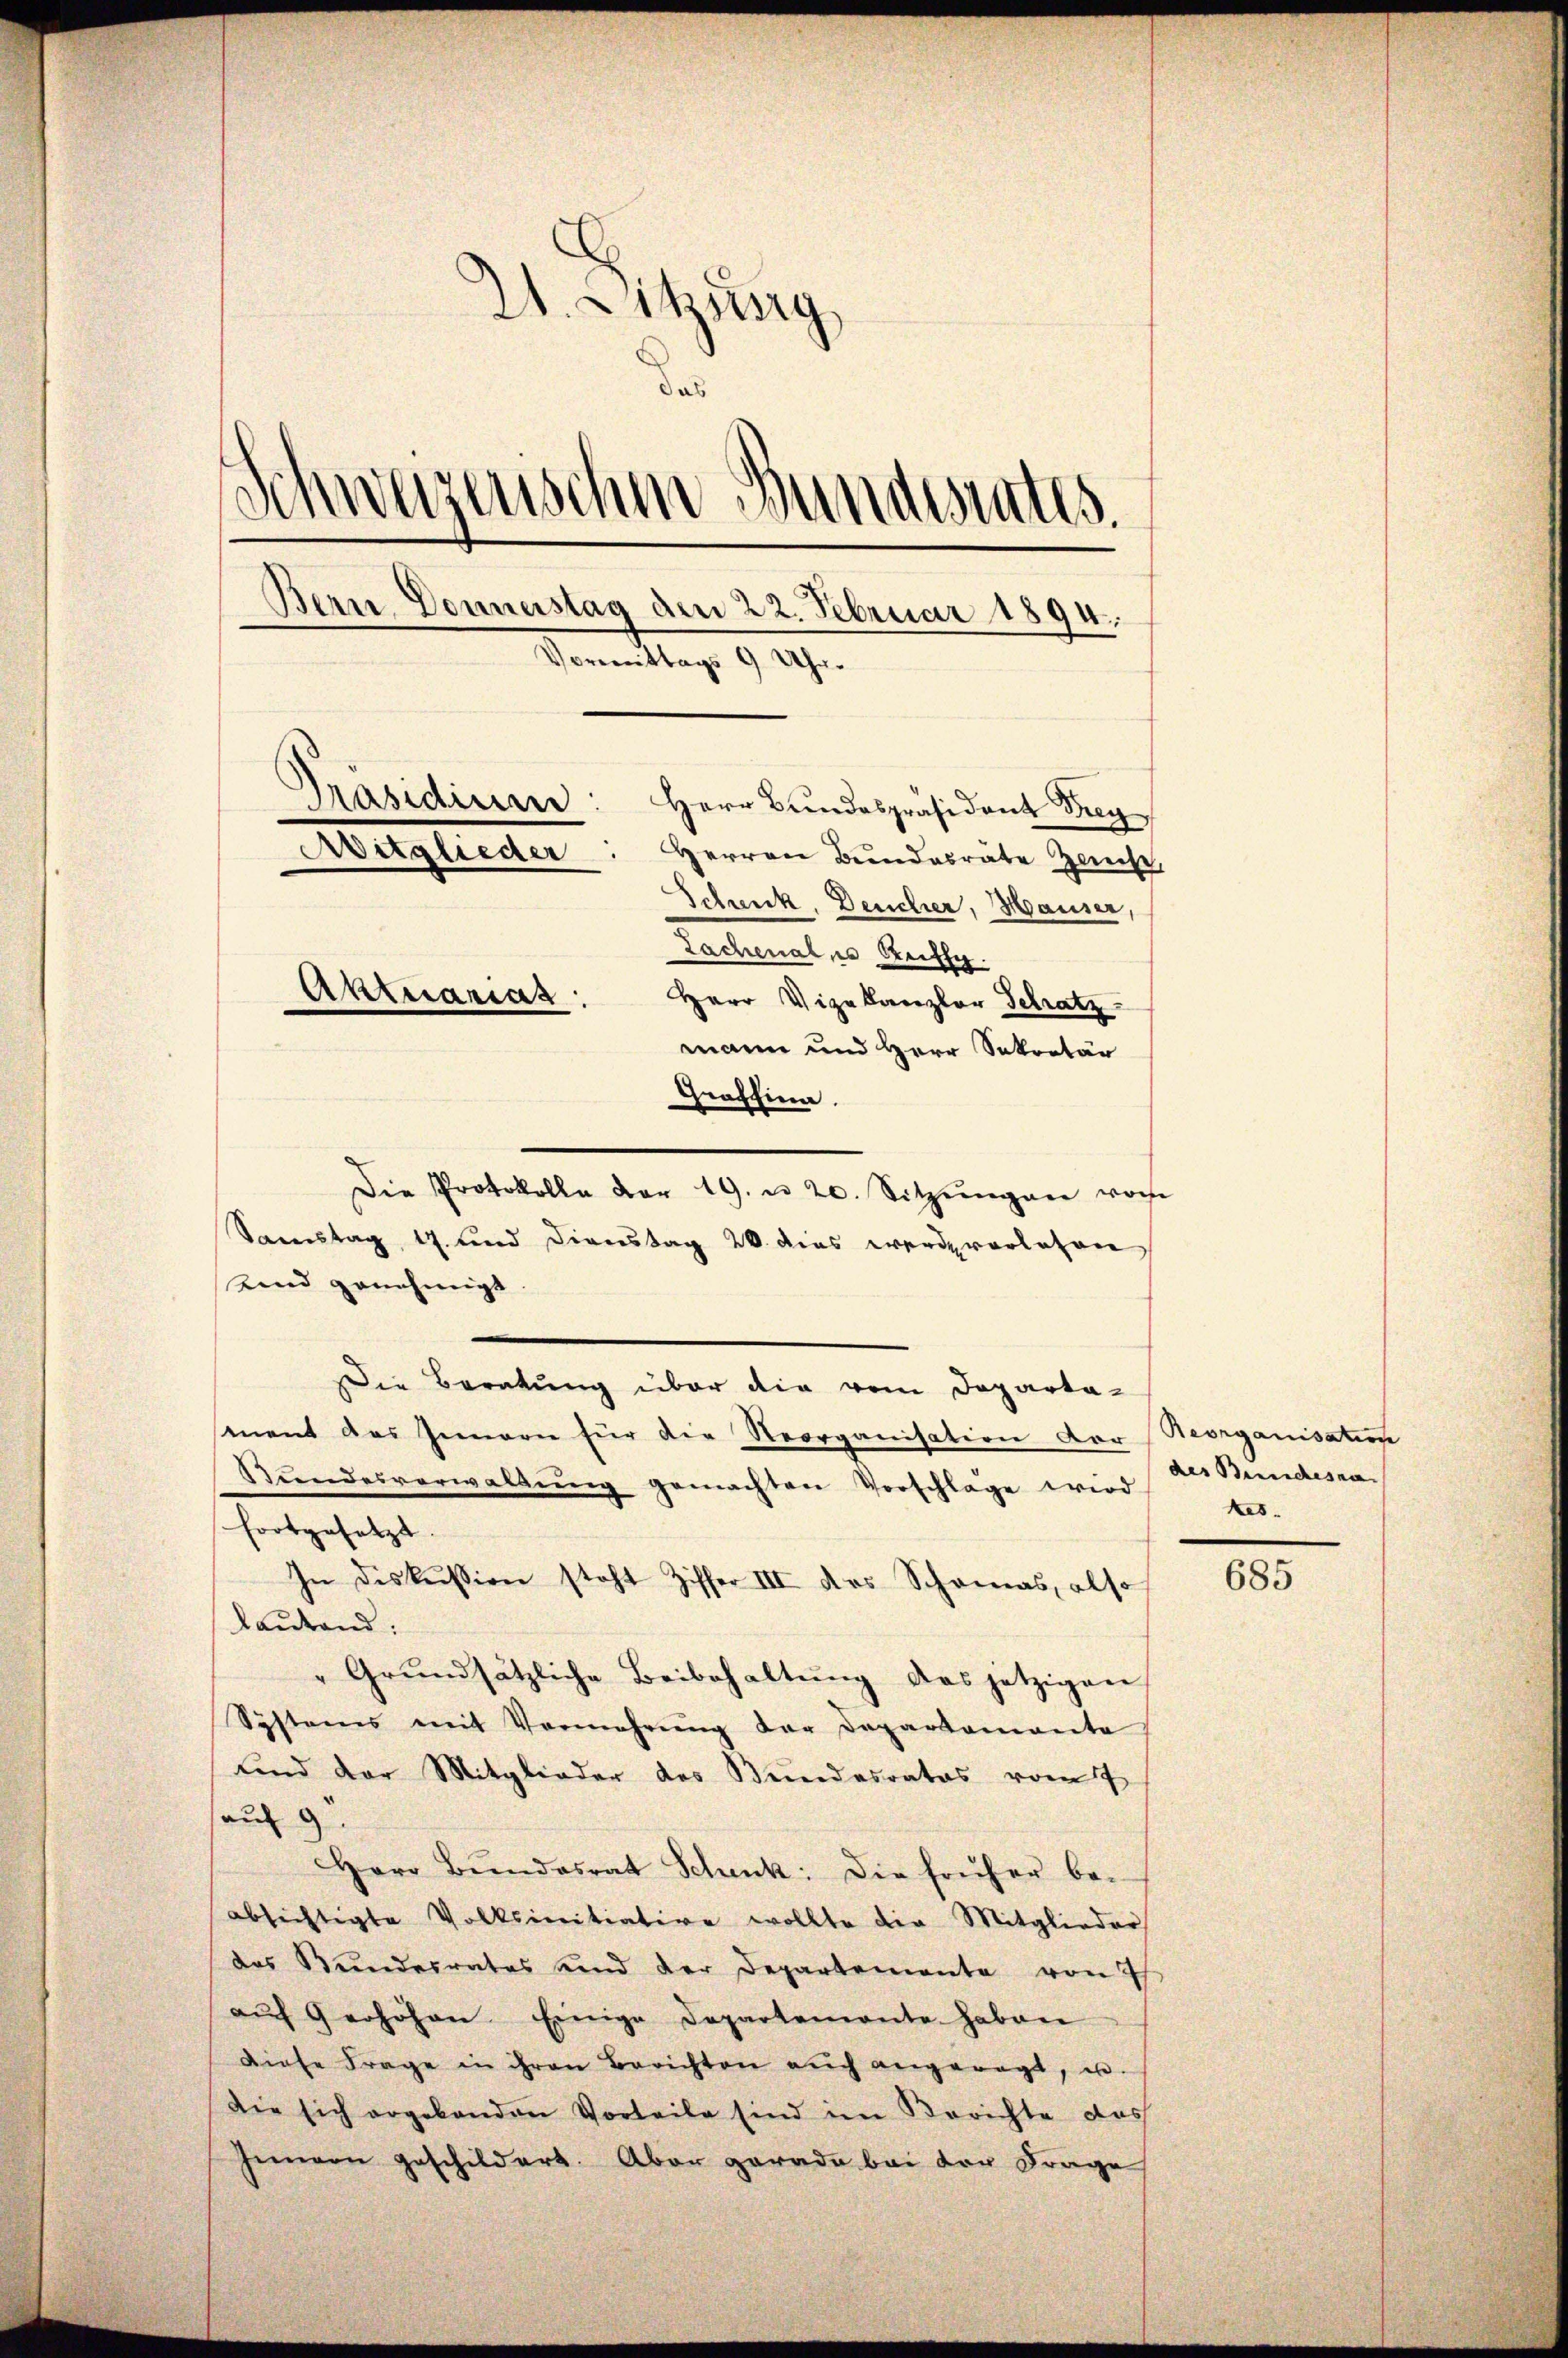
21. Sitzung
das
Schwerzenschen Bundesrates.
Bern Donnerstag den 22. Februar 1894.
Vormittags 9 Uhr.
Präsidium: Herr Bundespräsident Frey
Aitglieder
Herren Bundesräte Zeicht,
Schreck. Deucher, Hauser,
Lachenales Rutty
Aktuariat
Herr Vizekanzler Schatz
mann und Herr Sekretär

Die Protokolle der 19. d. 20. Sitzŭngen von
Samstag 17 und Diverstag 20. dies werdevorlesen
Kind genehmigt
Die Beratung über die vom Departa-
sment des Innern für die Reorganisation der Reorganisation
Bŭndesverwaltŭng gemachten Vorschlage wird bes
fortgesetzt. |
In Diskussion steht Ziffer III des Schamas, also
lautend:
"Grŭndsätzliche Beibehaltŭng das jetzigen
Systems mit Vermehrŭng der Departamante
und der Mitglieder des Bundesrates vom 7.
auf 9
Herr Bŭndesrat Schenk: Die früher be-
absichtigte Volksinitiative wollte die Mitglieder
das Bundesrates und der Departemente von Es
aŭf Grohohen Einige Departemente haben
diese Frage in ihren Berichten aŭch angeregt, u.
Die sich ergebenden Vorteile sind im Berichte das
Jennern geschildert. Aber gerade bei der Frage

Graffina

des Buches na- |

685